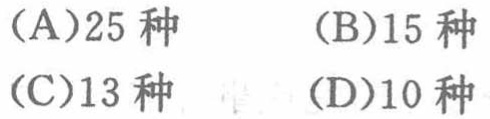
(A)25 种  (B)15 种
(C)13 种  (D)10 种